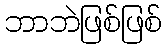
ဘာဘဲဖြစ်ဖြစ်